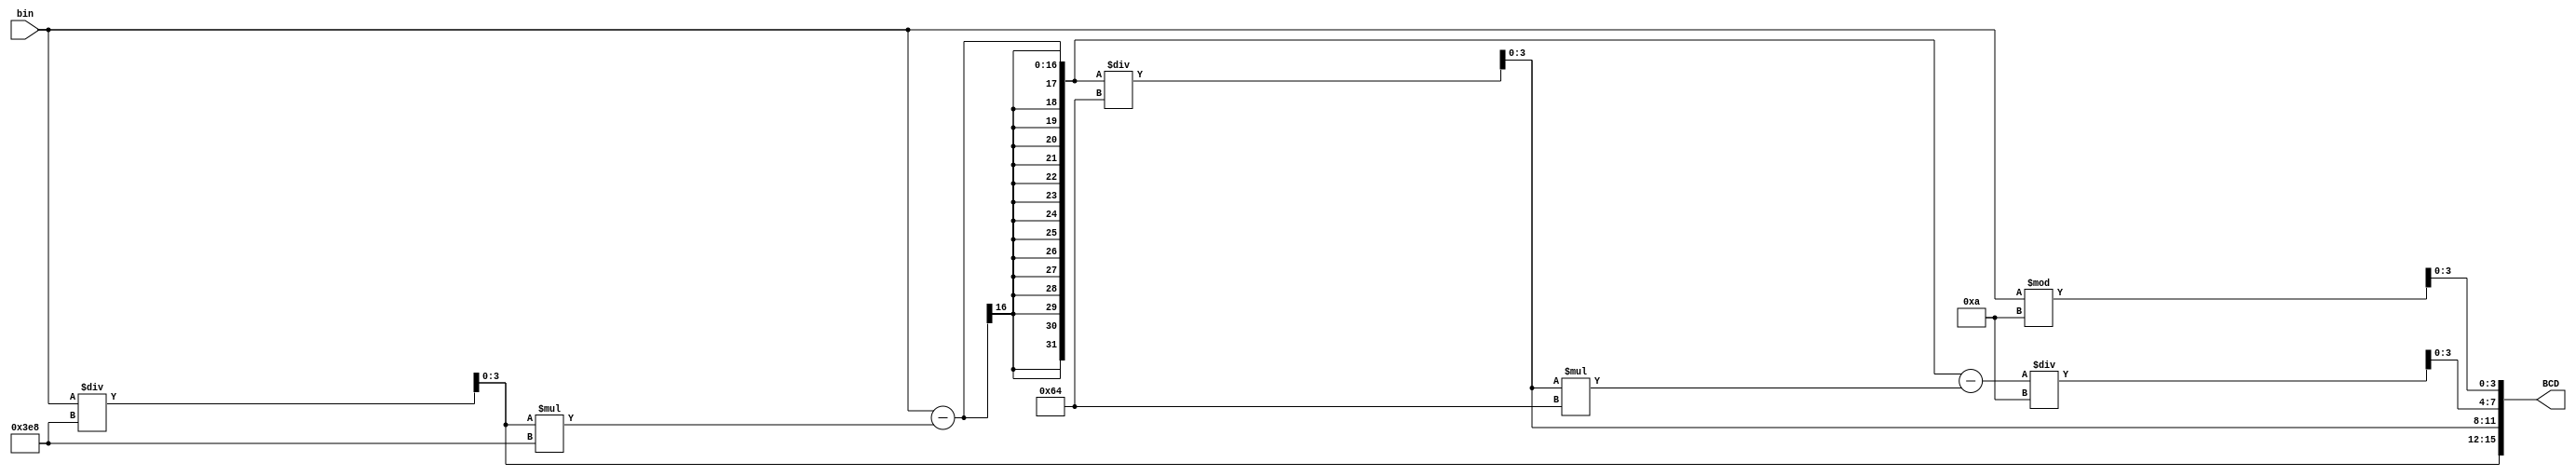
module Bin_to_BCD (bin,BCD);
                input [15:0]bin;
					 output [15:0]BCD;
wire [3:0]a,b,c,d;
assign a = bin /1000 ;
assign b = (bin - a*1000)/100;
assign c = (bin - a *1000 - b*100)/10;
assign d = bin % 10 ;
assign BCD = {a,b,c,d};
endmodule